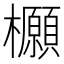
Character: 𭬻